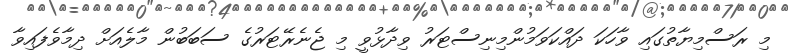
މި ރަސްމިޔާތުގައި ވާހަކަ ދައްކަވަމުންމިނިސްޓަރު ވިދާޅުވީ މި ޖެނެރޭޓަރުގެ ސަބަބުން މާލެއަށް ދިމާވެފައިވާ